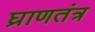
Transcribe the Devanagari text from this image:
घ्राणतंत्र